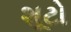
શૂટો